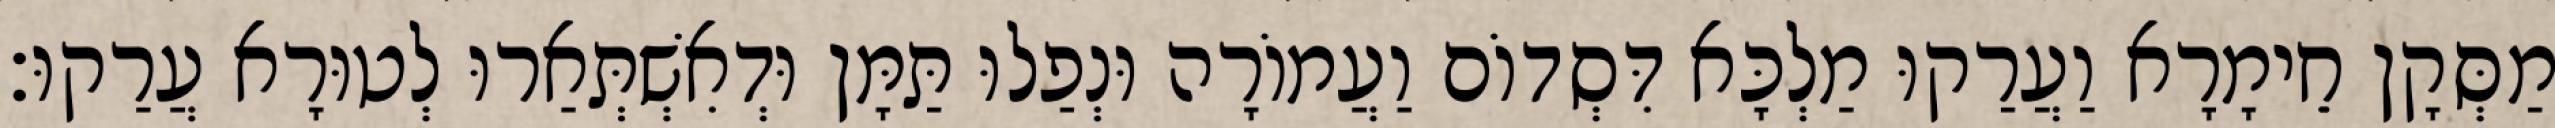
מַסְּקָן חֵימָרָא וַעֲרַקוּ מַלְכָּא דִּסְדוֹם וַעֲמוֹרָה וּנְפַלוּ תַּמָּן וּדְאִשְׁתְּאַרוּ לְטוּרָא עֲרַקוּ׃